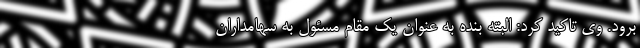
برود. وی تاکید کرد: البته بنده به عنوان یک مقام مسئول به سهامداران